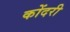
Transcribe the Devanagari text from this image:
कोंदरी